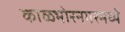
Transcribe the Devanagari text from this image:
काळभोरनगरमध्ये